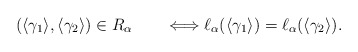
\begin{align*} (\langle\gamma_1\rangle,\langle\gamma_2\rangle)\in R_\alpha \qquad\Longleftrightarrow \ell_\alpha (\langle\gamma_1\rangle)=\ell_\alpha(\langle\gamma_2\rangle).\end{align*}